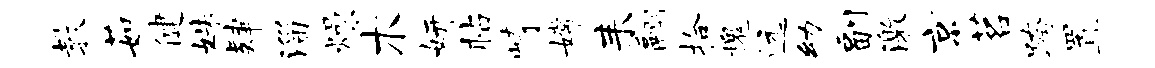
教茹健姝肄淄燥木妍帖崎嫦耒翮拾槐远幼副激京茗跨置